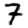
Digit: 7